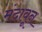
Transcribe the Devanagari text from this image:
मंदावून